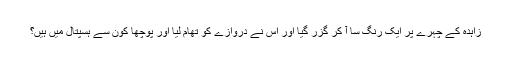
زاہدہ کے چہرے پر ایک رنگ سا آ کر گزر گیا اور اس نے دروازے کو تھام لیا اور پوچھا کون سے ہسپتال میں ہیں؟